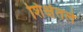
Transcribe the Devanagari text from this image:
शिक्षेतले